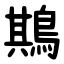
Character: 䳢